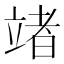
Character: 𥪤